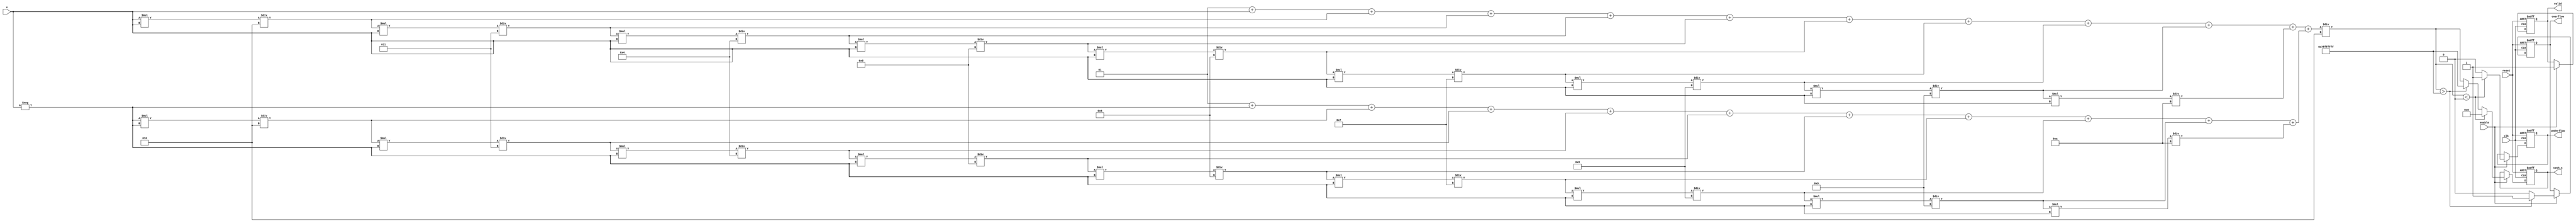
module hyperbolic_cosh #(
    parameter WIDTH = 32  // Configurable width for input and output
)(
    input wire clk,
    input wire reset,
    input wire enable,
    input wire signed [WIDTH-1:0] x,  // Input signal
    output reg signed [WIDTH-1:0] cosh_x,  // Output signal
    output reg valid,  // Output valid signal
    output reg overflow,  // Overflow flag
    output reg underflow  // Underflow flag
);

// Internal signal declarations
reg signed [WIDTH-1:0] exp_x;
reg signed [WIDTH-1:0] exp_neg_x;

// Constants for Taylor series approximation
localparam signed [WIDTH-1:0] FACTORIAL_2 = 32'h00000002; // 2!
localparam signed [WIDTH-1:0] FACTORIAL_4 = 32'h00000008; // 4!
localparam signed [WIDTH-1:0] FACTORIAL_6 = 32'h00000020; // 6!
localparam signed [WIDTH-1:0] FACTORIAL_8 = 32'h00000080; // 8!

// Exponential function implementation
function signed [WIDTH-1:0] exp_func(input signed [WIDTH-1:0] val);
    // A simple approximation of e^x using Taylor series
    reg signed [WIDTH-1:0] term;
    reg signed [WIDTH-1:0] result;
    integer i;
    begin
        result = 32'h00000001; // e^0 = 1
        term = val; // First term is x

        for (i = 1; i <= 10; i = i + 1) begin
            result = result + term;
            term = (term * val) / (i + 1); // Calculate next term
        end

        exp_func = result;
    end
endfunction

// Compute cosh(x) in the always block
always @(posedge clk or posedge reset) begin
    if (reset) begin
        cosh_x <= 0;
        valid <= 0;
        overflow <= 0;
        underflow <= 0;
    end else if (enable) begin
        // Compute e^x and e^(-x)
        exp_x = exp_func(x);
        exp_neg_x = exp_func(-x);

        // Compute cosh(x) = (e^x + e^(-x)) / 2
        cosh_x = (exp_x + exp_neg_x) / 2;

        // Check for overflow and underflow
        if (cosh_x > (1 << (WIDTH - 1)) - 1) begin
            overflow <= 1;
            cosh_x <= (1 << (WIDTH - 1)) - 1; // Saturate
        end else begin
            overflow <= 0;
        end

        if (cosh_x < 0) begin
            underflow <= 1;
            cosh_x <= 0; // Saturate to zero
        end else begin
            underflow <= 0;
        end

        valid <= 1; // Mark output as valid
    end
end

endmodule